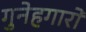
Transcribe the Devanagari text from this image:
गुनेहगारों